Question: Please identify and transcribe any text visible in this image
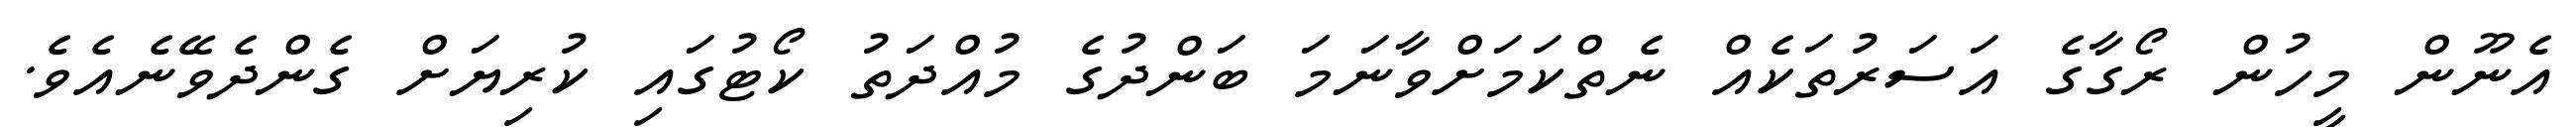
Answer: އެނޫން މީހުން ރޯގާގެ އަސަރުތަކެއް ނެތްކަމަށްވާނަމަ ބަންދުގެ މުއްދަތު ކޯޓުގައި ކުރިޔަށް ގެންދެވޭނެއެވެ.